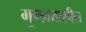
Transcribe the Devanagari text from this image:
गुणवत्ताशील